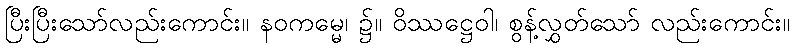
ပြီးပြီးသော်လည်းကောင်း။ နဝကမ္မေ၊ ၌။ ဝိဿဋ္ဌေဝါ၊ စွန့်လွှတ်သော် လည်းကောင်း။